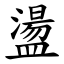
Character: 盪